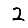
Digit: 2